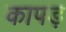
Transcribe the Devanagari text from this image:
कापड़